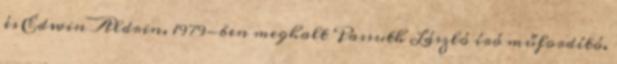
és Edwin Aldrin. 1979-ben meghalt Passuth László író műfordító.